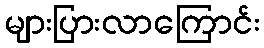
များပြားလာကြောင်း